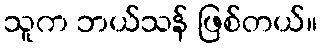
သူက ဘယ်သန် ဖြစ်တယ်။